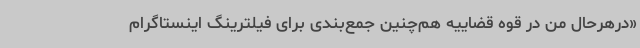
«درهرحال من در قوه قضاییه هم‌چنین جمع‌بندی برای فیلترینگ اینستاگرام